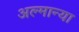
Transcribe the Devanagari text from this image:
अल्मान्या